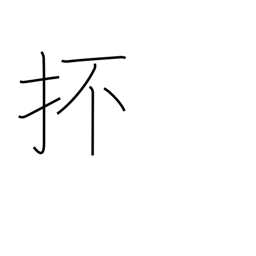
Meaning: and so forth